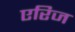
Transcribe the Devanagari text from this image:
एरिज